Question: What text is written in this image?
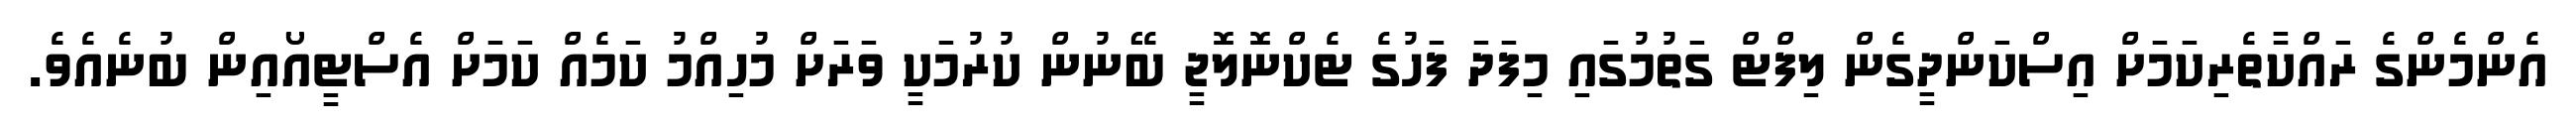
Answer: އެންމެންގެ ރައްކާތެރިކަމަށް އިސްކަންދީގެން ލިފްޓް ގަތުމުގައި މިފަދަ ފަހުގެ ޓެކްނޮލޮޖީ ބޭނުން ކުރުމަކީ ވަރަށް މުހިއްމު ކަމެއް ކަމަށް އެސްޓީއޯއިން ބުނެއެވެ.